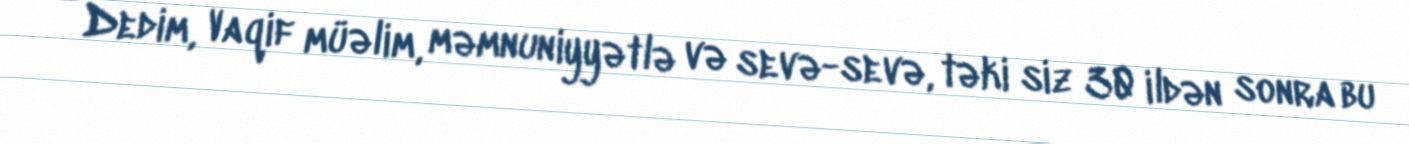
– Dedim, Vaqif müəlim, məmnuniyyətlə və sevə-sevə, təki siz 30 ildən sonra bu